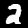
Label: 2